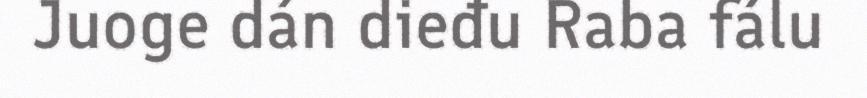
Juoge dán dieđu Raba fálu